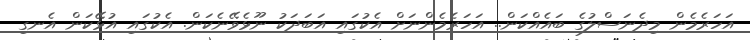
އަހަރެމެން މިދެނަސްލުގެ ބައެއްކަން.. އަހަރެމެންނަށް އެކުގައި އަބަދަކު ނޫޅެވޭނެކަން. އެކުގައި އުޅޭކަން އެނގި